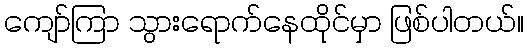
ကျော်ကြာ သွားရောက်နေထိုင်မှာ ဖြစ်ပါတယ်။